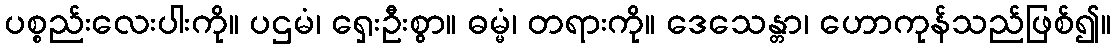
ပစ္စည်းလေးပါးကို။ ပဌမံ၊ ရှေးဦးစွာ။ ဓမ္မံ၊ တရားကို။ ဒေသေန္တာ၊ ဟောကုန်သည်ဖြစ်၍။